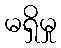
မရှိမှု